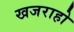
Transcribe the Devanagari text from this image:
खजराहो